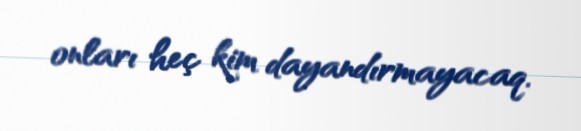
onları heç kim dayandırmayacaq.